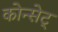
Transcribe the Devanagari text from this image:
कोन्सेट्